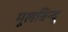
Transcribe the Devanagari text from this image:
मूलबिन्दु